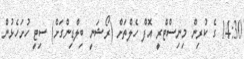
14:30 ގެ ކުރިން މިނިސްޓްރީ އޮފް ހެލްތަށް (ރޯޝަނީ ބިލްޑިންގަށް) ސިޓީ ހުށަހެޅުން